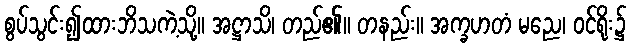
စွပ်သွင်း၍ထားဘိသကဲ့သို့။ အဋ္ဌာသိ၊ တည်၏။ တနည်း။ အက္ခဟတံ မညေ၊ ဝင်ရိုး၌